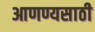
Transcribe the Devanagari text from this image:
आणण्यसाठी